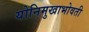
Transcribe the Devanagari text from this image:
योनिमुखाभोवती